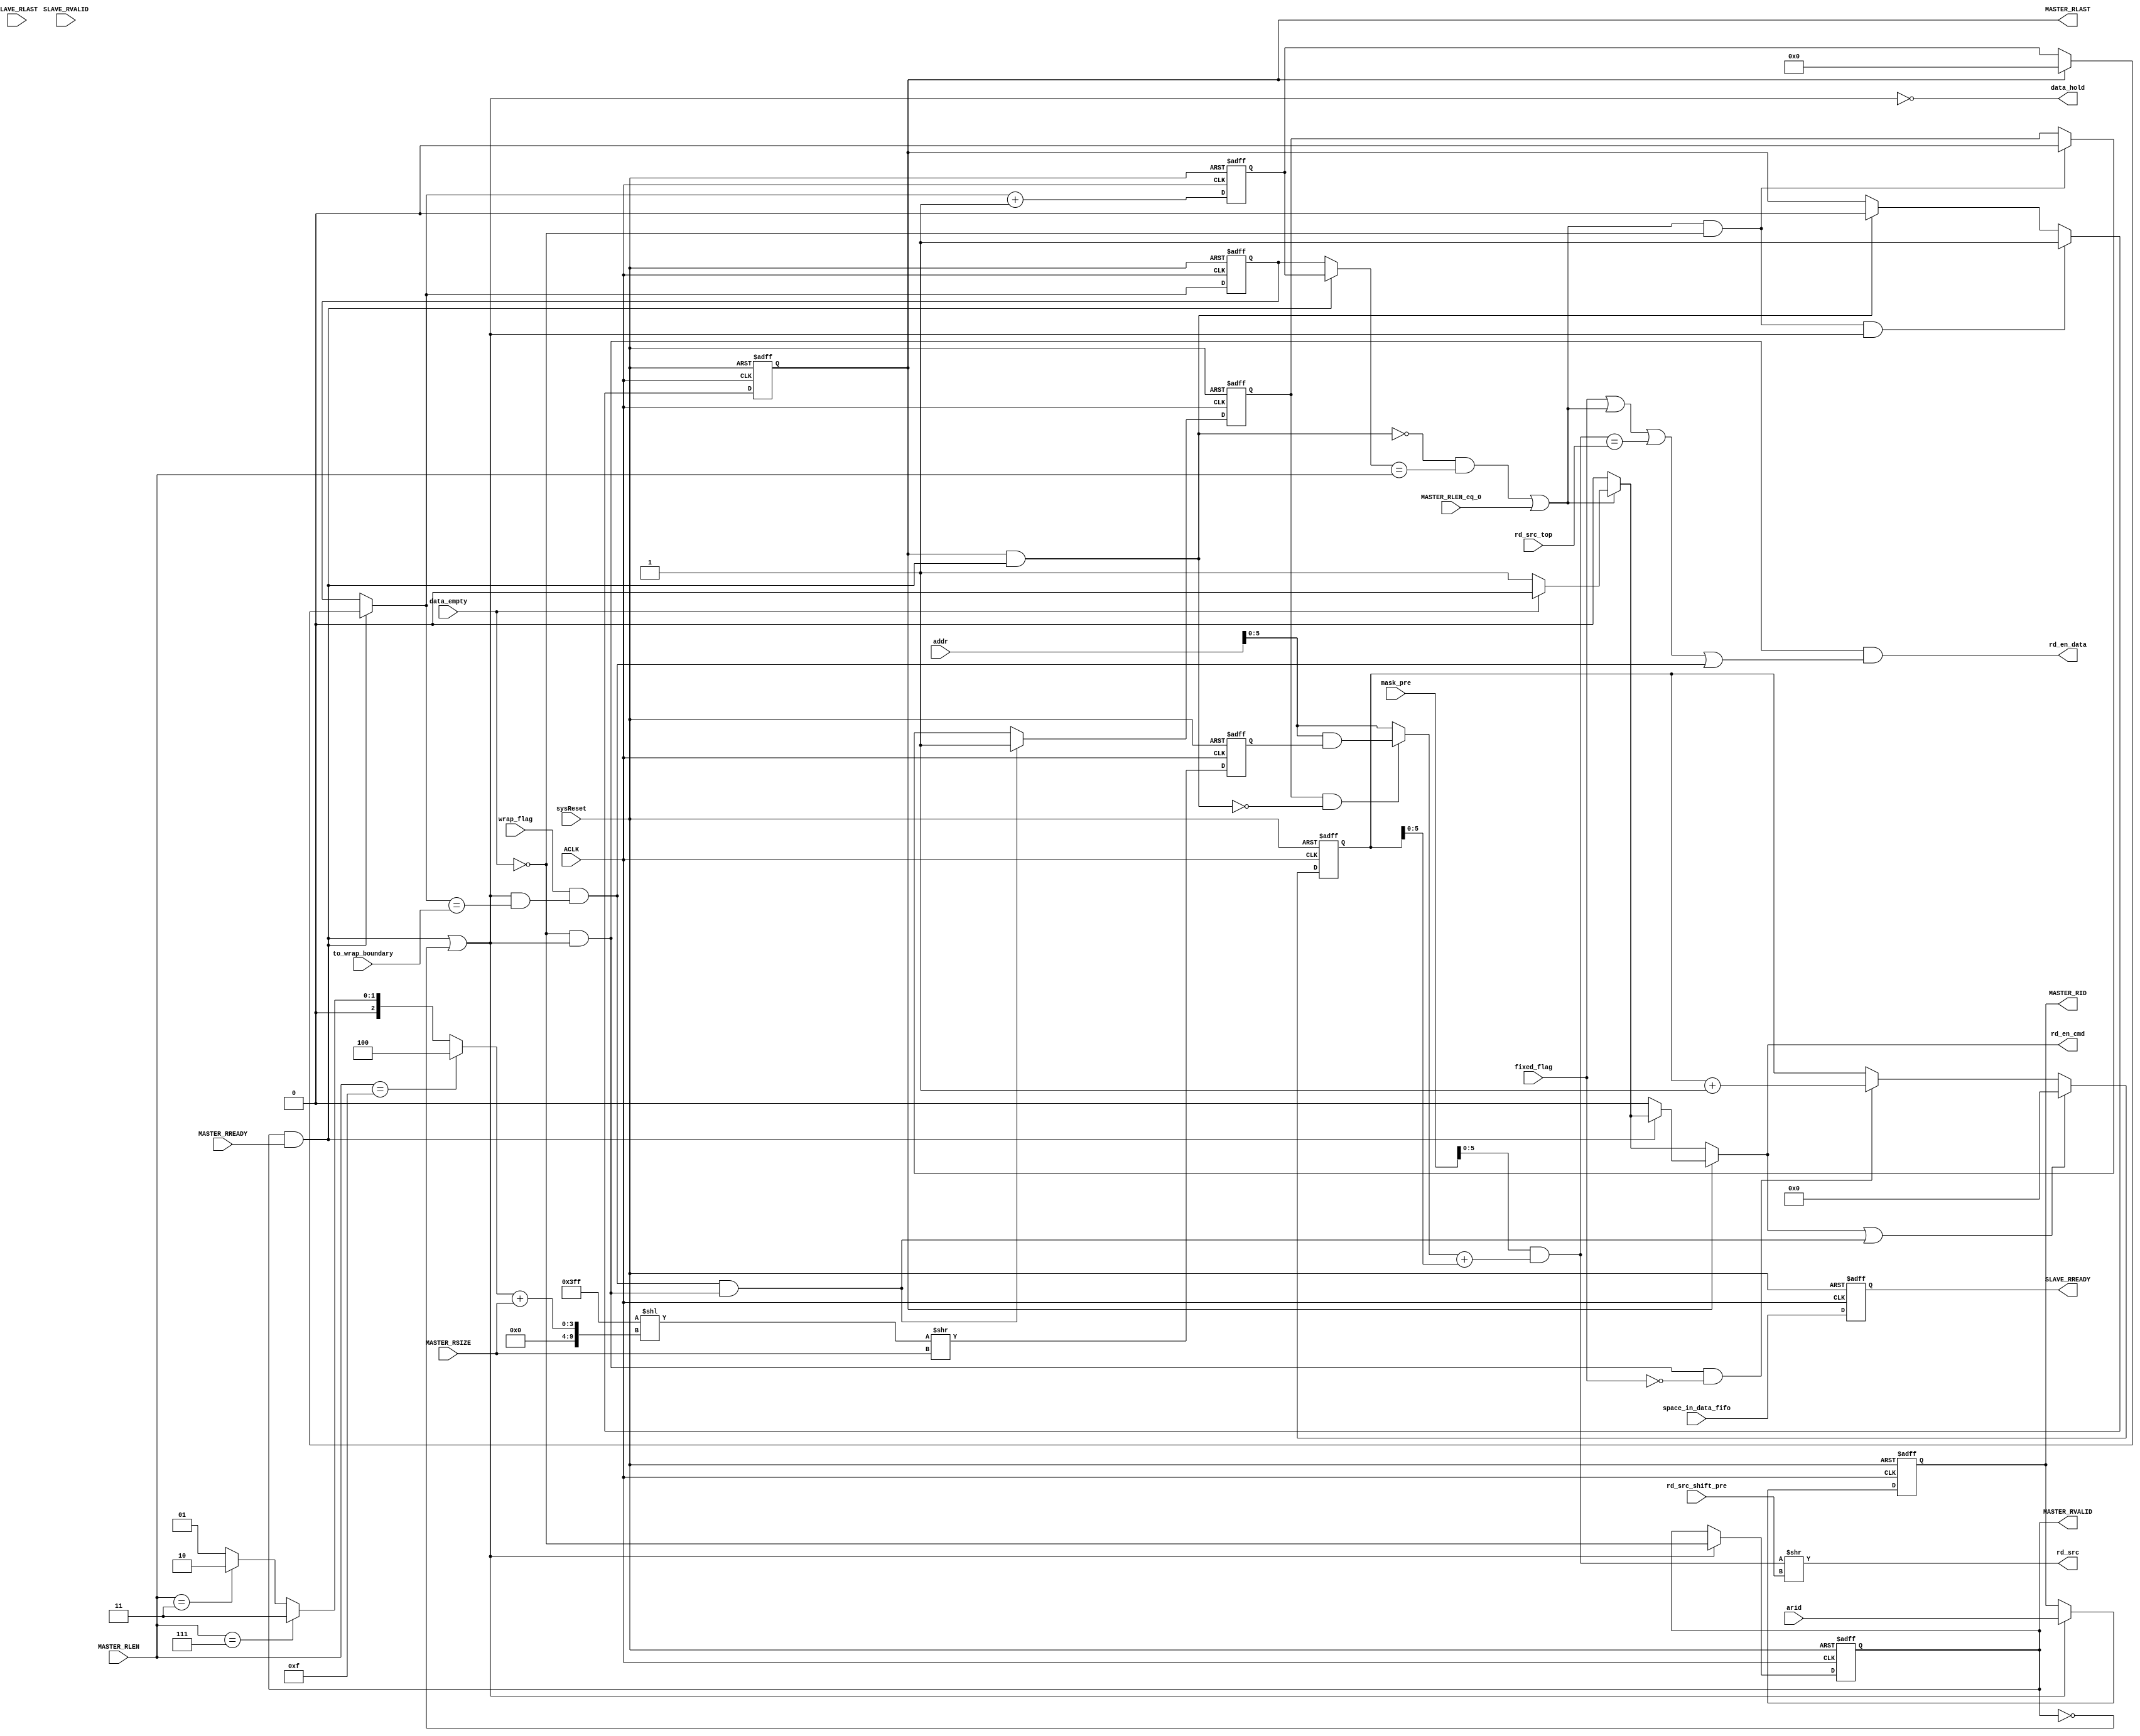
///////////////////////////////////////////////////////////////////////////////////////////////////
// Company: MICROSEMI
//
// IP Core: COREAXI4INTERCONNECT
//
//  Description  : The AMBA AXI4 Interconnect core connects one or more AXI memory-mapped master devices to one or
//                 more memory-mapped slave devices. The AMBA AXI protocol supports high-performance, high-frequency
//                 system designs.
//
//  COPYRIGHT 2017 BY MICROSEMI 
//  THE INFORMATION CONTAINED IN THIS DOCUMENT IS SUBJECT TO LICENSING RESTRICTIONS 
//  FROM MICROSEMI CORP.  IF YOU ARE NOT IN POSSESSION OF WRITTEN AUTHORIZATION FROM 
//  MICROSEMI FOR USE OF THIS FILE, THEN THE FILE SHOULD BE IMMEDIATELY DESTROYED AND 
//  NO BACK-UP OF THE FILE SHOULD BE MADE. 
//
//
/////////////////////////////////////////////////////////////////////////////////////////////////// 
 
 
module caxi4interconnect_DWC_UpConv_RChan_Ctrl (
                              //  input ports
                              MASTER_RREADY,
                              MASTER_RLEN,
                              MASTER_RSIZE,
                              ACLK,
                              sysReset,
                              data_empty,
                              SLAVE_RLAST,
                              SLAVE_RVALID,
                              addr,
                              arid,
                              space_in_data_fifo,
                              //space_in_rresp_fifo,
                              fixed_flag,
                              wrap_flag,
                              to_wrap_boundary,
                              MASTER_RLEN_eq_0,
                              mask_pre,
                              rd_src_shift_pre,
                              rd_src_top,
 
                              //  output ports
                              MASTER_RLAST,
                              MASTER_RVALID,
                              rd_src,
                              rd_en_data,
                              data_hold,
                              SLAVE_RREADY,
                              rd_en_cmd,
                              MASTER_RID
                              );
 
   parameter        DATA_WIDTH_IN         = 512;
   parameter        DATA_WIDTH_OUT        = 32;
   parameter        ID_WIDTH              = 1;
//  input ports
   input            MASTER_RREADY;
   wire             MASTER_RREADY;
   input     [7:0]  MASTER_RLEN;
   wire      [7:0]  MASTER_RLEN;
   input     [2:0]  MASTER_RSIZE;
   wire      [2:0]  MASTER_RSIZE;
   input            ACLK;
   wire             ACLK;
   input            sysReset;
   wire             sysReset;
   input            data_empty;
   wire             data_empty;
   input            SLAVE_RLAST;
   wire             SLAVE_RLAST;
   input            SLAVE_RVALID;
   wire             SLAVE_RVALID;
   input     [9:0]  addr;
   wire      [9:0]  addr;
   input     [ID_WIDTH - 1:0] arid;
   wire      [ID_WIDTH - 1:0] arid;
   input            space_in_data_fifo;
   wire             space_in_data_fifo;
   //input            space_in_rresp_fifo;
   //wire             space_in_rresp_fifo;
   input            fixed_flag;
   wire             fixed_flag;
   input            wrap_flag;
   wire             wrap_flag;
   input     [4:0]  to_wrap_boundary;
   wire      [4:0]  to_wrap_boundary;
   input            MASTER_RLEN_eq_0;
   wire             MASTER_RLEN_eq_0;
   input     [9:0]  mask_pre;
   wire      [9:0]  mask_pre;
   input     [9:0]  rd_src_shift_pre;
   wire      [9:0]  rd_src_shift_pre;
   input     [5:0]  rd_src_top;
   wire      [5:0]  rd_src_top;
//  output ports
   output           MASTER_RLAST;
   reg              MASTER_RLAST;
   output           MASTER_RVALID;
   wire             MASTER_RVALID;
   output    [$clog2 (DATA_WIDTH_IN / DATA_WIDTH_OUT) - 1:0] rd_src;
   wire      [$clog2 (DATA_WIDTH_IN / DATA_WIDTH_OUT) - 1:0] rd_src;
   output           rd_en_data;
   wire             rd_en_data;
   output           data_hold;
   wire             data_hold;
   output           SLAVE_RREADY;
   reg              SLAVE_RREADY;
   output           rd_en_cmd;
   reg              rd_en_cmd;
   output    [ID_WIDTH - 1:0] MASTER_RID;
   reg       [ID_WIDTH - 1:0] MASTER_RID;
//  local signals
   wire             last_next;
   reg       [8:0]  master_beat_cnt;
   wire             data_out_valid;
   wire             pass_data;
   reg              hold_data_valid;
   wire             incr_rd_src;
   wire             master_accept;
   reg       [9:0]  rd_src_cnt;
   wire             zero_src;
   wire      [5:0]  rd_src_full;
   wire      [5:0]  rd_src_data;
   wire      [9:0]  inc_value;
   reg              fixed_flag_comb;
   reg              fixed_flag_reg;
   wire             wrap_reach_boundary;
   wire             rd_msb;
   wire             end_cycle;
   wire             wrap_point;
   wire      [9:0]  mask_wrap_addr;
   wire             set_master_rlast;
   wire             data_fifo_rd_ok;
   reg              extend_wrap_tx;
   wire             set_extend;
   wire             mux_top;
   reg       [9:0]  mask_wrap_addr_reg;
   wire      [9:0]  log_wrap_len;
   wire      [9:0]  shift_wrap_mask;
   reg       [8:0]  next_master_beat_cnt;
   wire             clear_extend;
   reg       [8:0]  master_beat_cnt_plus_1;
 
 
   always @( posedge ACLK or negedge sysReset )
   begin   :clk_rst_ctrl
 
      if (!sysReset)
      begin
         SLAVE_RREADY <= 0;
      end
      else
      begin
         SLAVE_RREADY <= (space_in_data_fifo);
                           //& space_in_rresp_fifo); Removed response fifo so no use of this signal. 
      end
   end
 
 
 
   always @( posedge ACLK or negedge sysReset )
   begin   :clk_reg_RD_SYS
 
      if (!sysReset)
      begin
         hold_data_valid <= 0;
         MASTER_RID <= 0;
      end
      else
      begin
         if (pass_data)
         begin
            hold_data_valid <= data_out_valid;
            MASTER_RID <= arid;
         end
      end
   end
 
 
 
   always
      @( posedge ACLK or negedge sysReset )
   begin   :mst_beat_cnt_ctrl
 
      if (!sysReset)
      begin
         master_beat_cnt <= 0;
         master_beat_cnt_plus_1 <= 1;
      end
      else
      begin
         master_beat_cnt <= next_master_beat_cnt;
         master_beat_cnt_plus_1 <= next_master_beat_cnt + 1;
      end
   end
 
 
 
 
 
   always
      @( posedge ACLK or negedge sysReset )
   begin   :src_ctrl
 
      if (!sysReset)
      begin
         rd_src_cnt <= 0;
      end
      else
      begin
         if (zero_src)
         begin
            rd_src_cnt <= 0;
         end
         else
         begin
            if (incr_rd_src)
            begin
               rd_src_cnt <=
               rd_src_cnt + inc_value;
            end
         end
      end
   end
 
 
 
   always  @(MASTER_RLAST or master_accept or last_next or data_out_valid)
   begin   :rlast_next_gen
 
      if (MASTER_RLAST)
      begin
         if (master_accept)
         begin
            if (last_next)
            begin
               if (data_out_valid)
               begin
                  rd_en_cmd <= 1'b1;
               end
               else
               begin
                  rd_en_cmd <= 1'b0;
               end
            end
            else
            begin
               rd_en_cmd <= 1'b0;
            end
         end
         else
         begin
            rd_en_cmd <= 1'b0;
         end
      end
      else
      begin
         if (last_next)
         begin
            if (data_out_valid)
            begin
               rd_en_cmd <= 1'b1;
            end
            else
            begin
               rd_en_cmd <= 1'b0;
            end
         end
         else
         begin
            rd_en_cmd <= 1'b0;
         end
      end
   end
 
 
 
   always
      @( posedge ACLK or negedge sysReset )
   begin   :Start12
 
      if (!sysReset)
      begin
         MASTER_RLAST <= 1'b0;
      end
      else
      begin
         if (set_master_rlast)
         begin
            MASTER_RLAST <= 1'b1;
         end
         else
         begin
            if (end_cycle)
            begin
               MASTER_RLAST <= 1'b0;
            end
         end
      end
   end
 
 
 
   always
      @( posedge ACLK or negedge sysReset )
   begin   :extend_flag_tx
 
      if (!sysReset)
      begin
         extend_wrap_tx <= 1'b0;
      end
      else
      begin
         if (set_extend)
         begin
            extend_wrap_tx <= 1'b1;
         end
         else
         begin
            if (clear_extend)
            begin
               extend_wrap_tx <= 1'b0;
            end
         end
      end
   end
 
 
 
   always
      @( posedge ACLK or negedge sysReset )
   begin   :mask_wrap_reg
 
      if (!sysReset)
      begin
         mask_wrap_addr_reg <= 'b0;
      end
      else
      begin
         mask_wrap_addr_reg <= mask_wrap_addr >> MASTER_RSIZE;
      end
   end
 
 
 
   always  @(master_accept or MASTER_RLAST or master_beat_cnt_plus_1 or master_beat_cnt)
   begin   :master_beat_cnt_comb
 
      if (master_accept)  //MASTER_RVALID & MASTER_RREADY
      begin
         if (MASTER_RLAST)
         begin
            next_master_beat_cnt <= 0;
         end
         else
         begin
            next_master_beat_cnt <=
            master_beat_cnt_plus_1;
         end
      end
      else
      begin
         next_master_beat_cnt <= master_beat_cnt;
      end
   end
 
 
 
   always
      @( posedge ACLK or negedge sysReset )
   begin   :Start8
 
      if (!sysReset)
      begin
         fixed_flag_reg <= 1'b0;
      end
      else
      begin
         fixed_flag_reg <= fixed_flag_comb;
      end
   end
 
 
 
   always  @(MASTER_RLAST or fixed_flag_reg or fixed_flag)
   begin   :Start9
 
      if (MASTER_RLAST)
      begin
         fixed_flag_comb <= fixed_flag_reg;
      end
      else
      begin
         fixed_flag_comb <= fixed_flag;
      end
   end
 
   assign last_next = (~end_cycle & ((master_accept ? master_beat_cnt_plus_1 : master_beat_cnt) == MASTER_RLEN)) | (MASTER_RLEN_eq_0);
 
 
   assign master_accept = MASTER_RVALID & MASTER_RREADY;
   assign pass_data = master_accept | (~hold_data_valid);
   assign incr_rd_src = data_out_valid & pass_data & ~fixed_flag;
   assign data_out_valid = ~data_empty;
   assign data_hold = ~pass_data;
   assign MASTER_RVALID = hold_data_valid;
   assign zero_src = rd_en_cmd | set_extend;
 
   // Calculations for rd_en and rd_src
   //assign mask = ((1 << size_in) - 1) >> MASTER_RSIZE; // mask for read source
   //assign size_in = $clog2(DATA_WIDTH_IN/8);   // Data width as quotient
   //assign size_out = MASTER_RSIZE; 	       // just master size
 
   //assign size_diff = (size_in - size_out);   // difference in sizes
   //assign rd_src_top = (1 << size_diff) - 1;    // top of rd_src (max value)
 
   //assign addr_extend = {4'b0000, addr};
   //assign addr_extend = {4'b0000, addr}  >> MASTER_RSIZE ;
 
 
   assign rd_src_full = mask_pre & (((extend_wrap_tx && !end_cycle) ? (addr & mask_wrap_addr_reg) : addr) + rd_src_cnt); // full rd_src value before shift
 
   // rd_src to enter mux at register stage
   assign rd_src = rd_src_full >> rd_src_shift_pre;
 
   assign rd_src_data = rd_src_full;
 
   assign rd_en_data = data_fifo_rd_ok & ( fixed_flag | last_next | mux_top | wrap_point);
   assign data_fifo_rd_ok = data_out_valid & pass_data;
 
   assign wrap_point = wrap_flag & wrap_reach_boundary;
   assign wrap_reach_boundary = (master_accept | (~hold_data_valid)) & (next_master_beat_cnt == to_wrap_boundary);
 
 
   assign log_wrap_len = (MASTER_RLEN == 8'h0f) ? (10'b100) : ((MASTER_RLEN == 8'h07) ? (10'b011) : ((MASTER_RLEN == 8'h03) ? (10'b010) : 10'b01));
 
   assign mask_wrap_addr = (10'h3ff << shift_wrap_mask);
   assign shift_wrap_mask = (log_wrap_len + MASTER_RSIZE);
 
   assign set_master_rlast = last_next & data_out_valid & pass_data;
 
   assign inc_value = 1; // increment value for rd_src_cnt to ensure it inceases by the correct amount
 
   assign mux_top = rd_msb;
   assign rd_msb = (rd_src_data == rd_src_top);
   assign end_cycle = MASTER_RLAST & master_accept;
 
   assign set_extend = wrap_point & data_fifo_rd_ok;
   assign clear_extend = data_out_valid & last_next;
 
 
endmodule